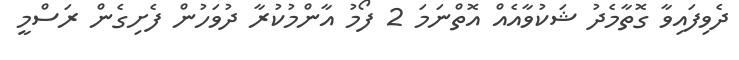
ދެވިފައިވާ ގޮތާމެދު ޝަކުވާއެއް އޮތްނަމަ 2 ފޯމު އާންމުކުރާ ދުވަހުން ފެށިގެން ރަސްމީ